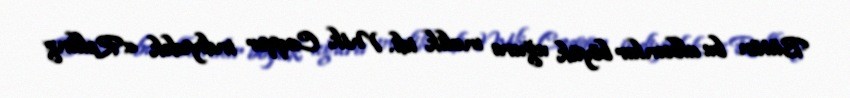
Bütün bu albomlar böyük uğura malik idi. Mik Caqqer indiyədək «Rolling